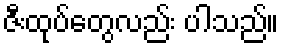
ဇီးထုပ်တွေလည်း ပါသည်။